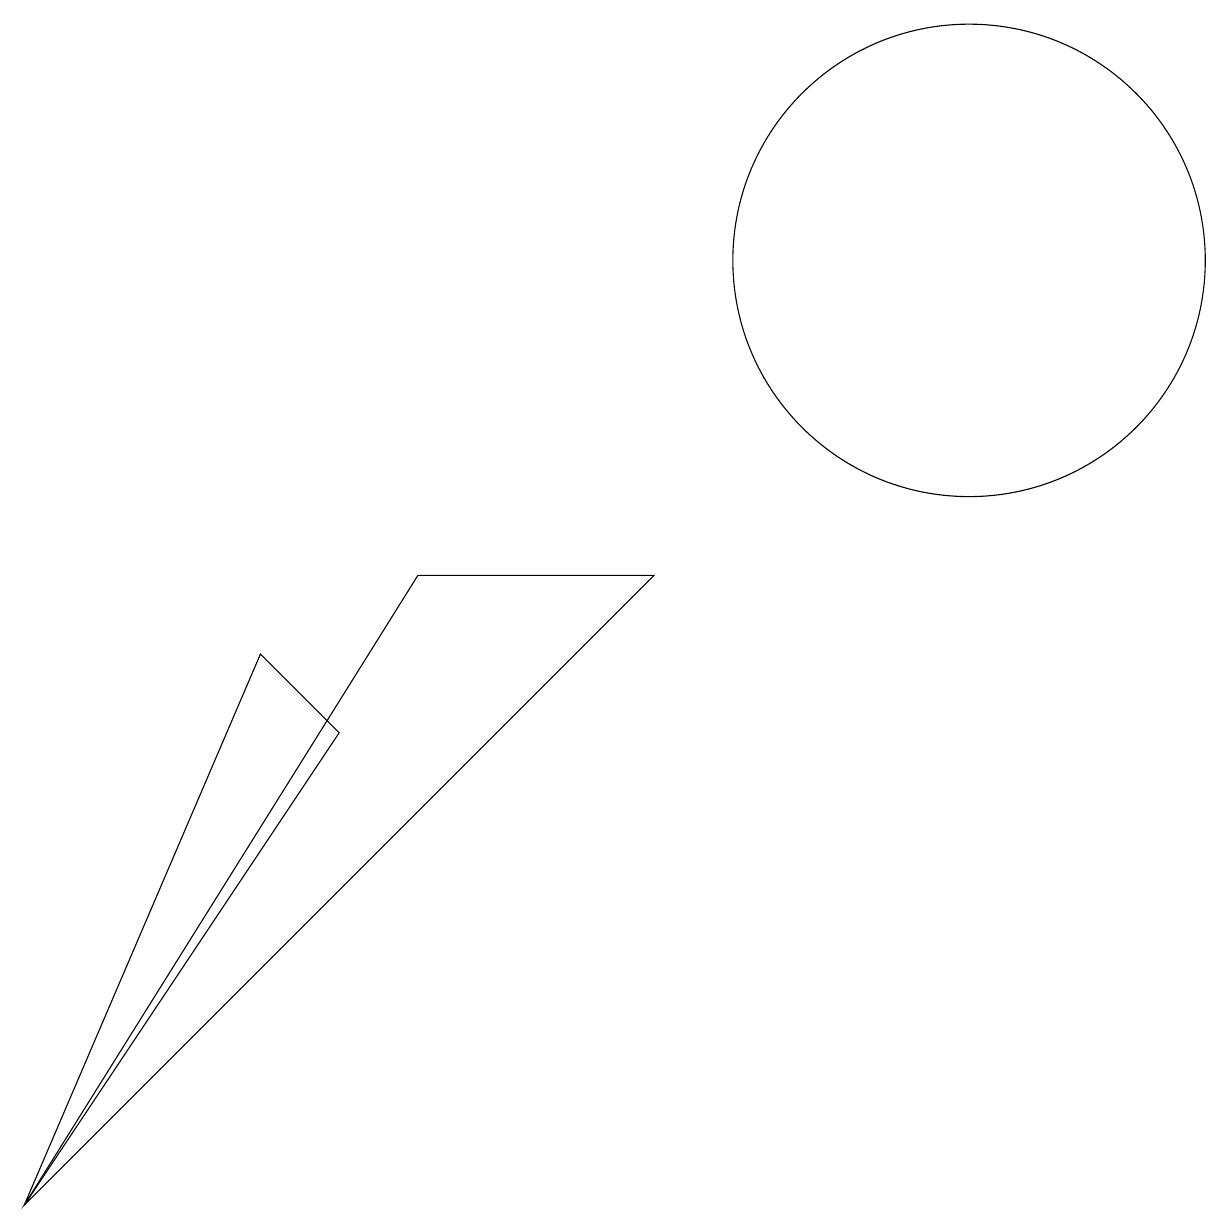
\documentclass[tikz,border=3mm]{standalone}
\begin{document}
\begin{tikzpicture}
\draw (12,12) circle (3);
\draw (0,0) -- (5,8) -- (8,8) -- cycle;
\draw (4,6) -- (3,7) -- (0,0) -- cycle;
\draw (11,10) circle (0);
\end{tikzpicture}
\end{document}